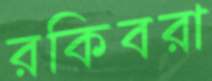
রকিবরা